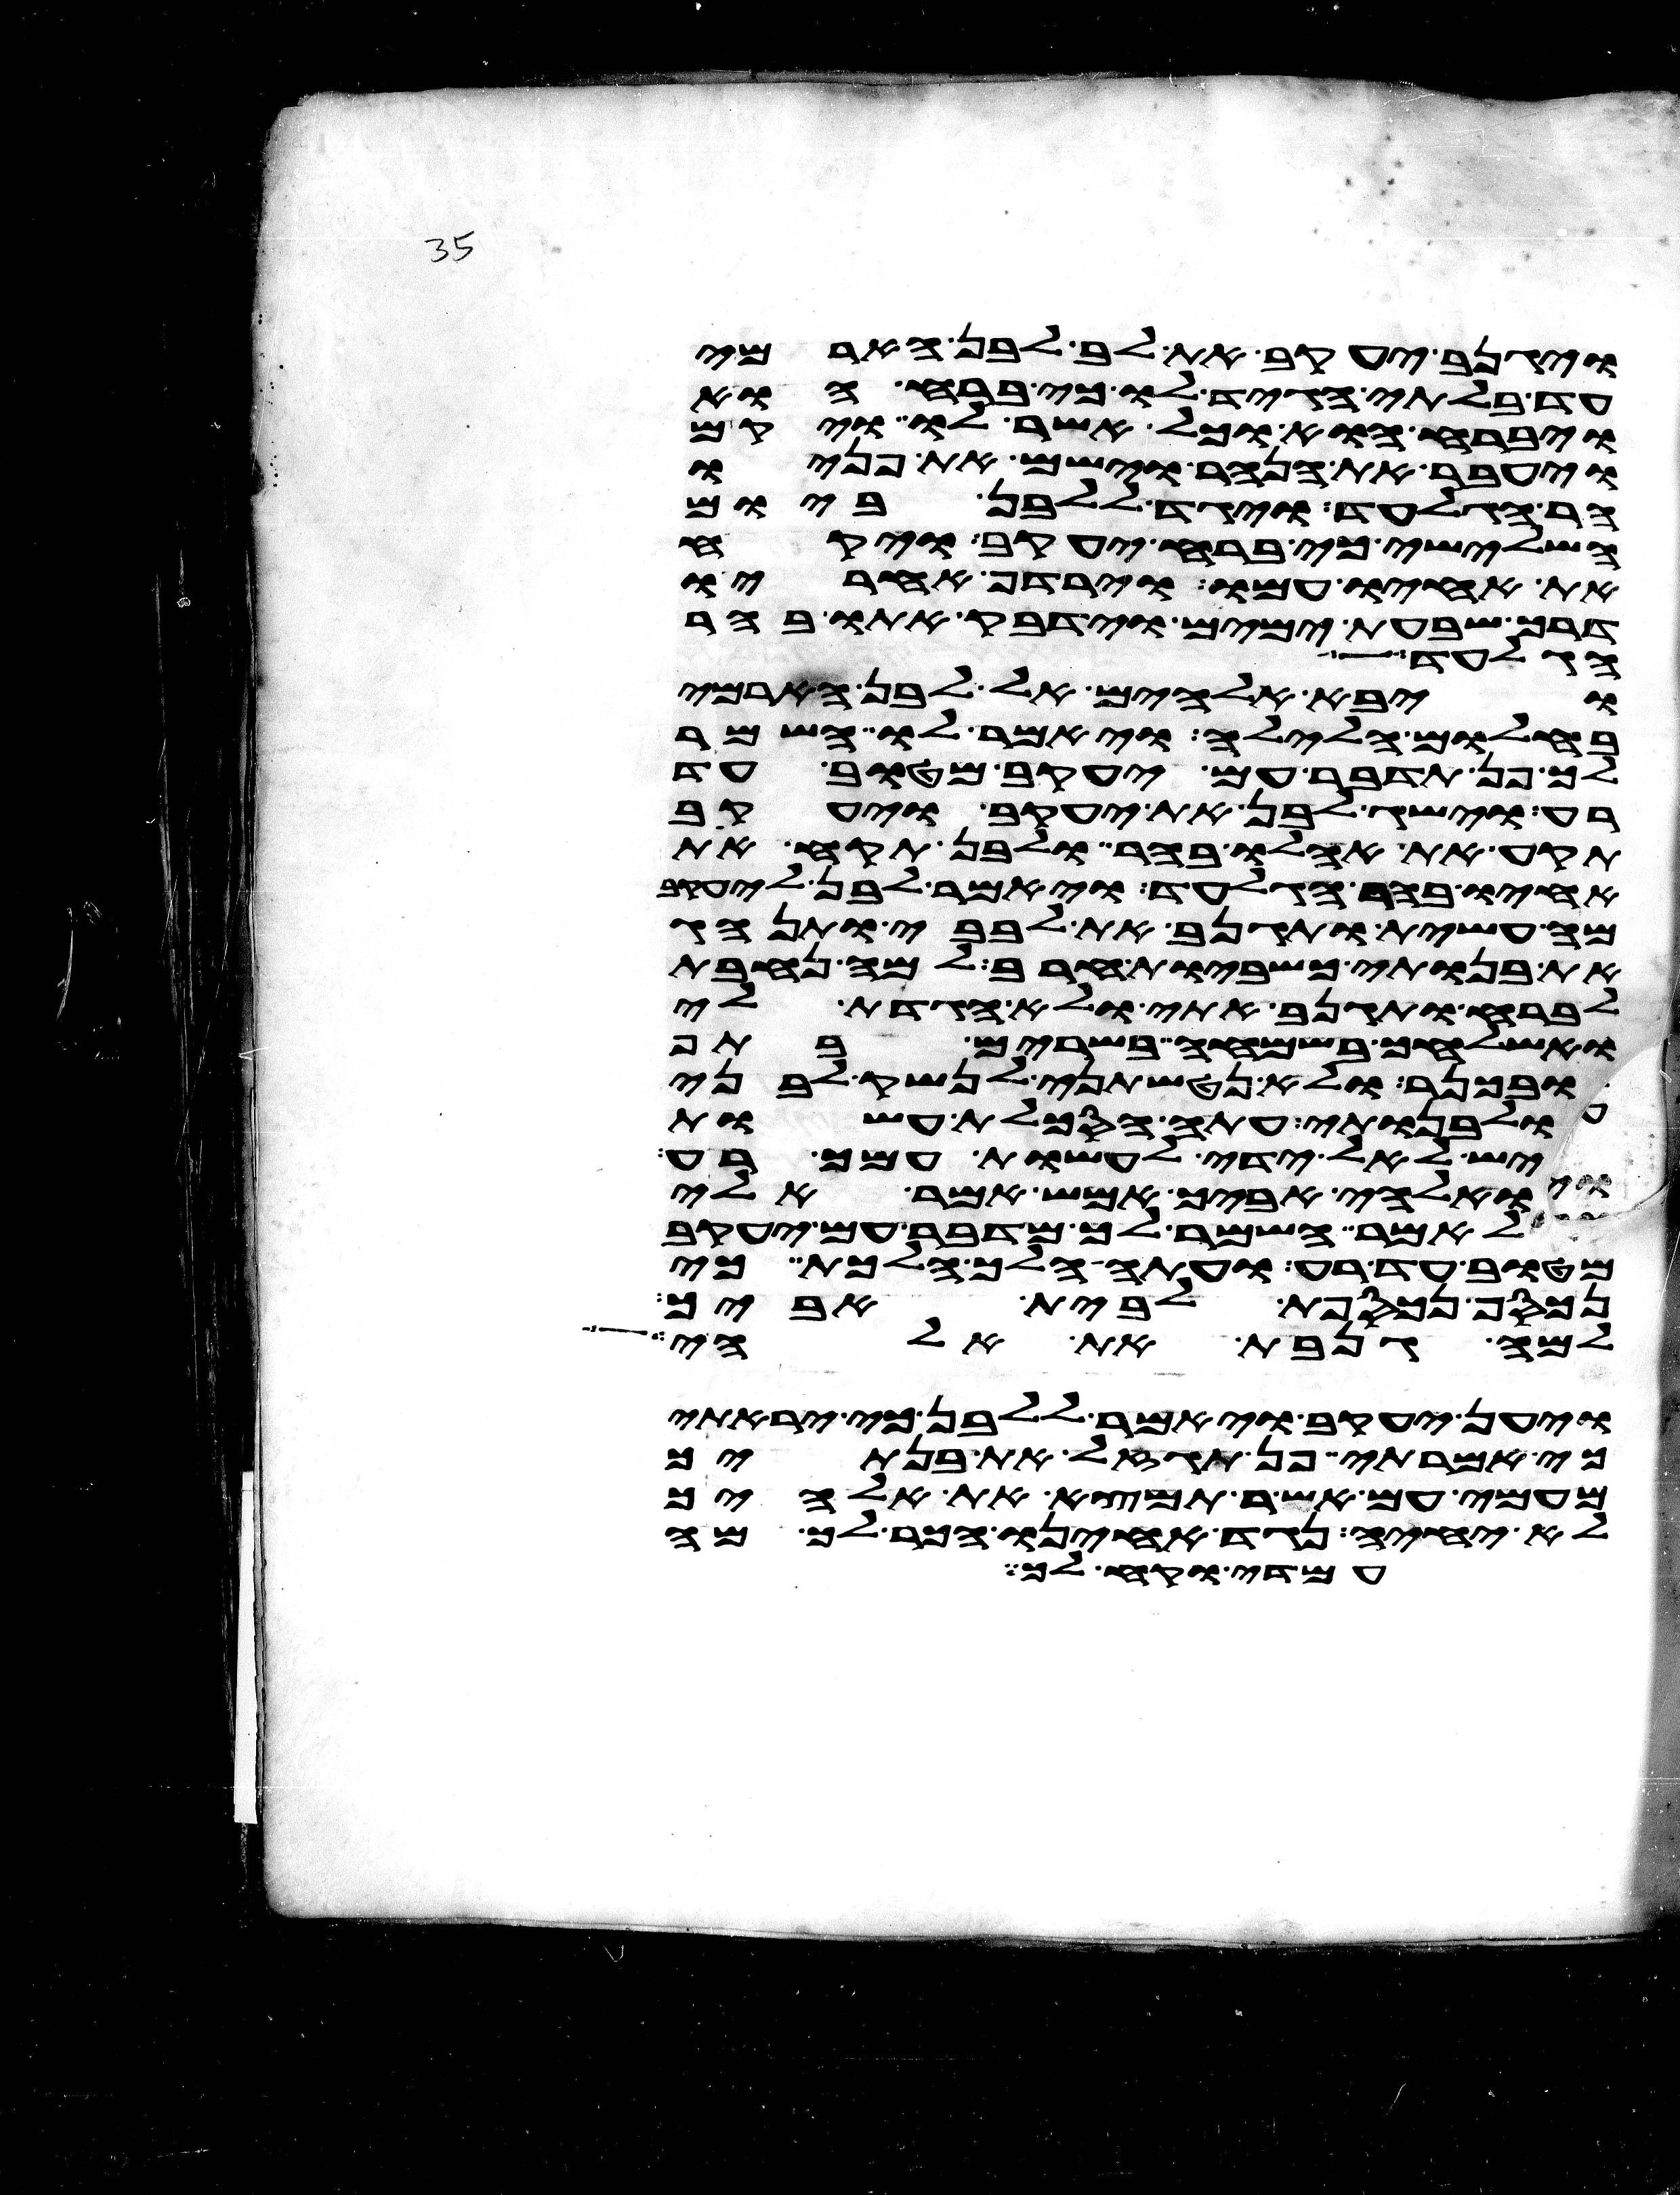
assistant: ויגנב יעקב את לב לבן הארמי
עד בלתי הגיד לו כי ברח הוא
ויברח הוא וכל אשר לו ויקם
ויעבר את הנהר וישם את פניו
הר הגלעד ויגד ללבן ביום
השלישי כי ברח יעקב ויקח
את אחיו עמו וירדף אחריו
דרך שבעת ימים וידבק אתו בהר
הגלעד לא
ויבא אלהים אל לבן הארמי
בחלום הלילה ויאמר לו השמר
לך פן תדבר עם יעקב מטוב עד
רע וישג לבן את יעקב ויעקב
תקע את אהלו בהר ולבן תקע את
אחיו בהר הגלעד ויאמר לבן ליעקב
מה עשית ותגנב את לבבי ותנהג
את בנותי כשביות חרב למה נחבת
לברח ותגנב אתי ולא הגדת לי
ואשלחך בשמחה בשרים בתף
ובכנר ולא נטשתני לנשק לבני
ולבנותי עתה הסכלת עשות
יש לאל ידי לעשות עמך רע
ואלהי אביך אמש אמר אלי
לאמר השמר לך מדבר עם יעקב
מטוב עד רע ועתה הלך הלכת כי
נכסף נכספת לבית אביך
למה גנבת את אלהי
ויען יעקב ויאמר ללבן כי יראתי
כי אמרתי פן תגזל את בנותך
מעמי עם אשר תמצא את אלהיך
לא יחיה נגד אחינו הכר לך מה
עמדי וקח לך